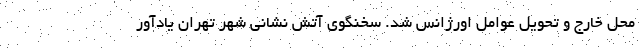
محل خارج و تحویل عوامل اورژانس شد. سخنگوی آتش نشانی شهر تهران یادآور